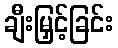
ချီးမြှင့်ခြင်း